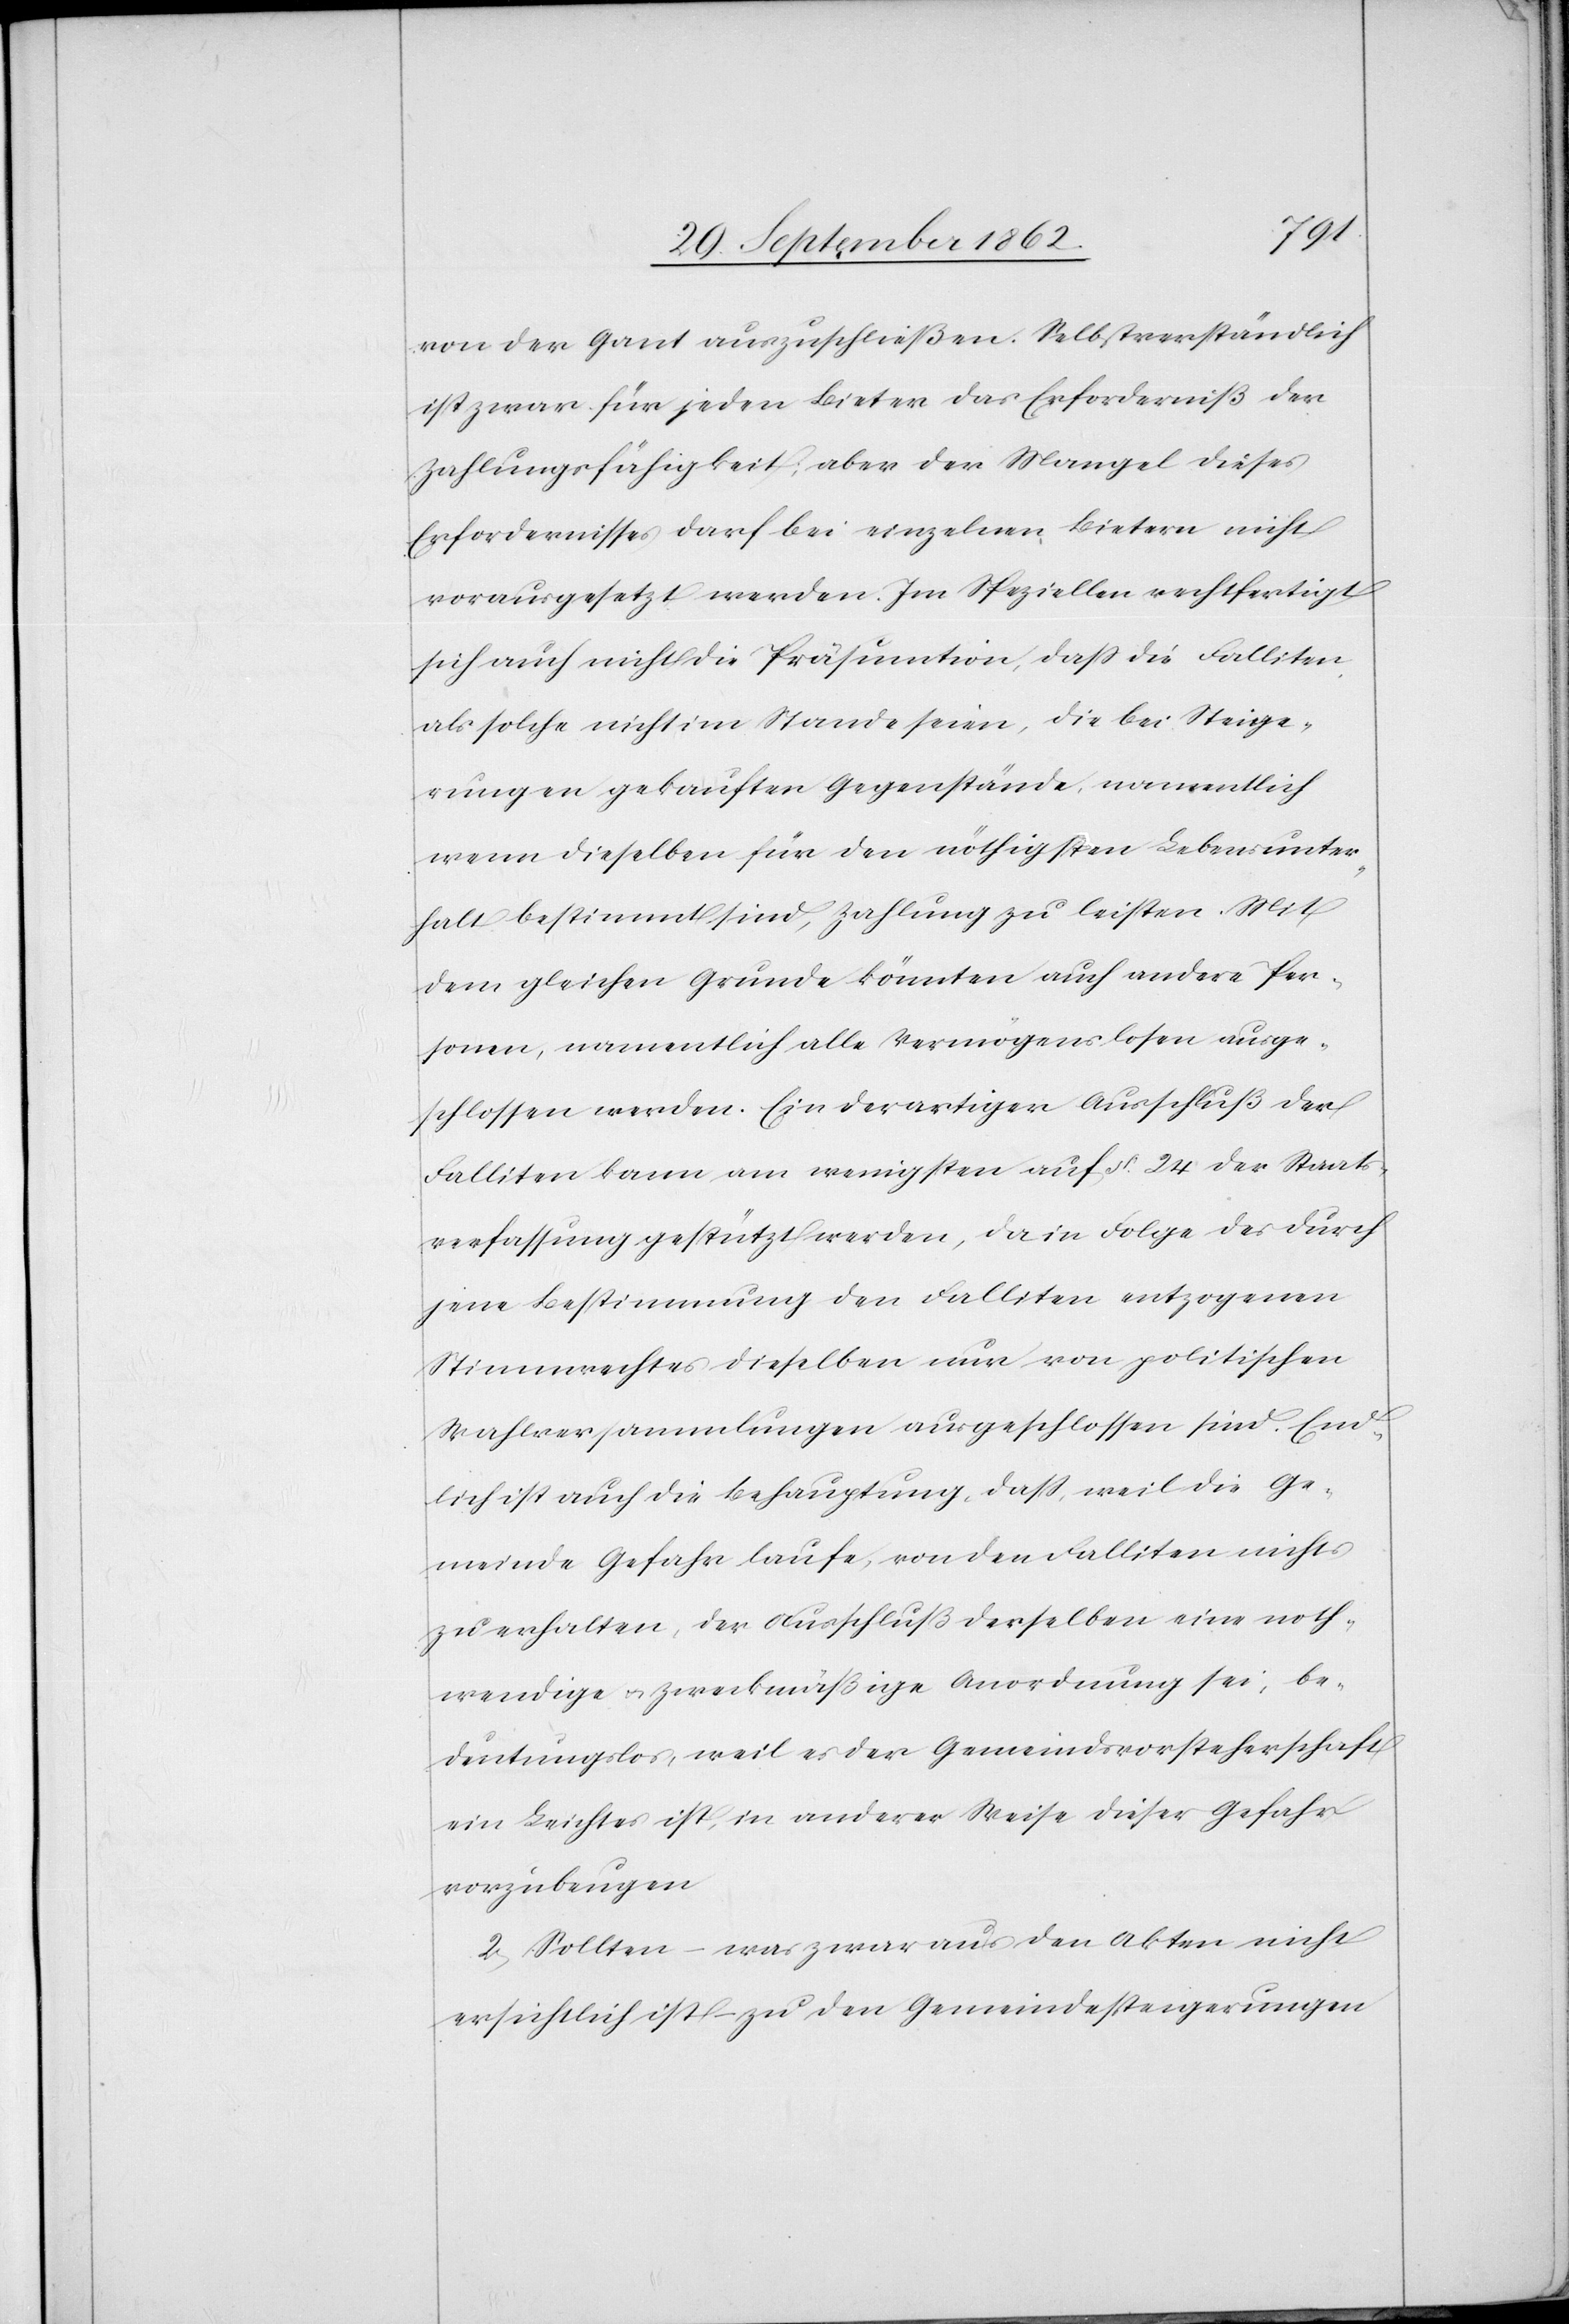
von der Ganz auszuschließen. Selbstverständlich
ist zwar für jeden Bieter das Erforderniß der
Zahlungsfähigkeit, aber der Mangel dieses
Erfordernisses darf bei einzelnen Bietern nicht
vorausgesetzt werden. Im Speziellen rechtfertigt
sich auch nicht die Präsumtion, daß die Falliten
als solche nicht im Stande seien, die bei Steige¬
rungen gekauften Gegenstände, namentlich
wenn dieselben für den nöthigsten Lebensunter¬
halt bestimmt sind, Zahlung zu leisten. Mit
dem gleichen Grunde könnten auch andere Per¬
sonen, namentlich alle Vermögenslosen ausge¬
schlossen werden. Ein derartiger Ausschluß der
Falliten kann am wenigsten auf §. 24 der Staats¬
verfassung gestützt werden, da in Folge des durch
jene Bestimmung den Falliten entzogenen
Stimmrechtes dieselben nur von politischen
Wahlversammlungen ausgeschlossen sind. End¬
lich ist auch die Behauptung, daß, weil die Ge¬
meinde Gefahr laufe, von den Falliten nichts
zu erhalten, der Ausschluß derselben eine noth¬
wendige u. zweckmäßige Anordnung sei, be¬
deutungslos, weil es der Gemeindsvorstherschaft
ein Leichtes ist, in anderer Weise dieser Gefahr
vorzubeugen.
2. Sollten – was zwar aus den Akten nicht
ersichtlich ist – zu den Gemeindesteigerungen